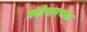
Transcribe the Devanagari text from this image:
प्रबोधनच्या